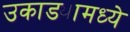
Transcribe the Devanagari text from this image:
उकाड्यामध्ये